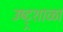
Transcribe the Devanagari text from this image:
उष्ट्र्शाळा